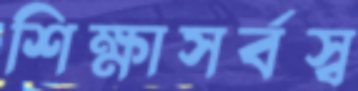
শিক্ষাসর্বস্ব